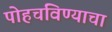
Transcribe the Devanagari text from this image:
पोहचविण्याचा